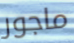
ماجور